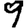
Digit: 9